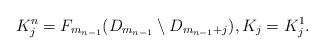
LaTeX: \begin{align*} K^{n}_j = F_{m_{n-1}}(D_{m_{n-1}} \setminus D_{m_{n-1} + j}), K_j = K^1_j.\end{align*}